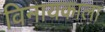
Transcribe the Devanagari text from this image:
विनायकाला